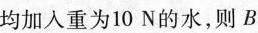
均加入重为10N的水，则B